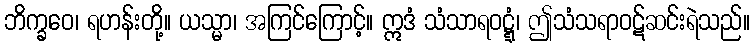
ဘိက္ခဝေ၊ ရဟန်းတို့။ ယသ္မာ၊ အကြင်ကြောင့်။ ဣဒံ သံသာရဝဋ္ဋံ၊ ဤသံသရာဝဋ်ဆင်းရဲသည်။